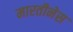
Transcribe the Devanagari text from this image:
मारतीनेस